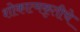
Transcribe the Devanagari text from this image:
शोकात्मकृतीचे